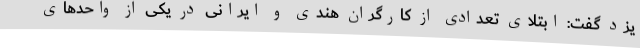
یزد گفت: ابتلای تعدادی از کارگران هندی و ایرانی در یکی از واحدهای